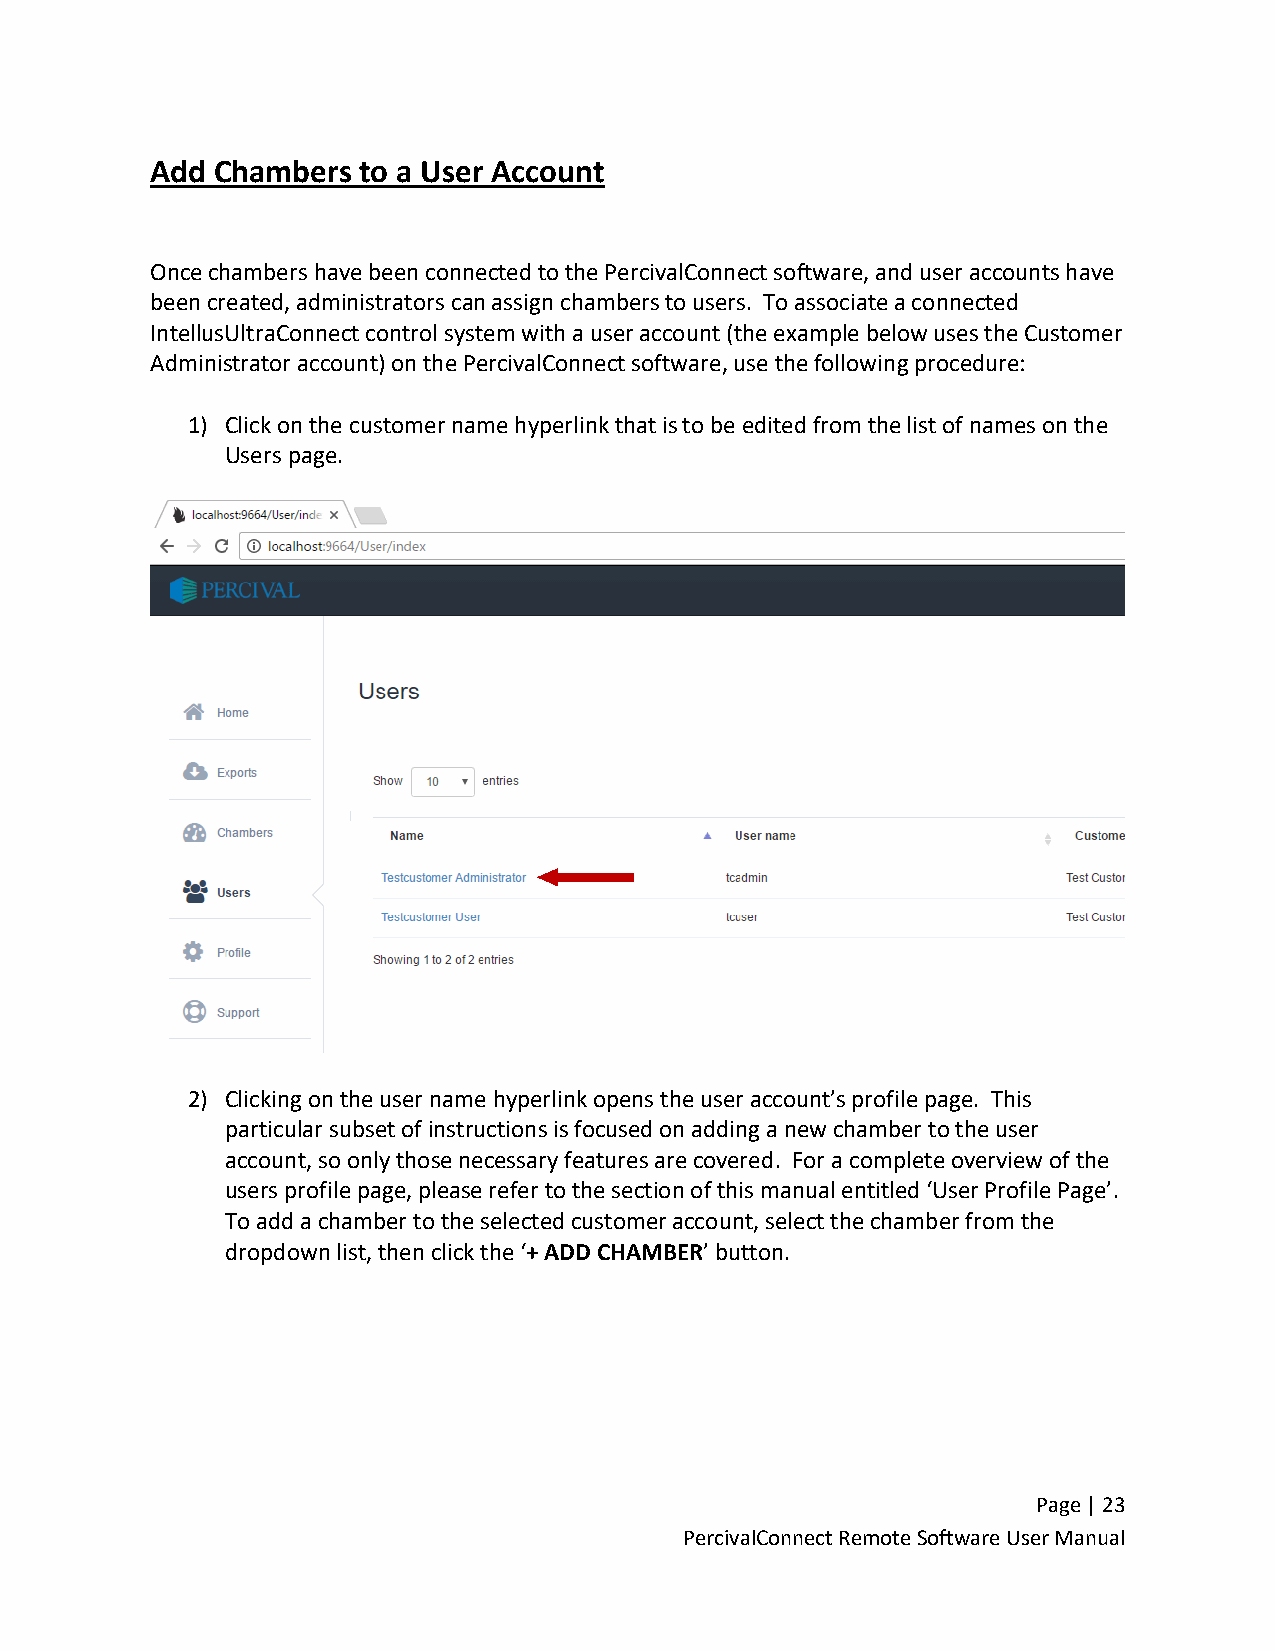
Add Chambers  to a User Account
 Once chambers have been connected to the PercivalConnect software, and user accounts have
 been created, administrators can assign chambers to users. To associate a connected
 IntellusUltraConnect control system with a user account (the example below uses the Customer
 Administrator account) on the PercivalConnect software, use the following procedure:
 1) Click on the customer name hyperlink that is to be edited from the list of names on the
 Users page.
 2) Clicking on the user name hyperlink opens the user account’s profile page. This
 particular subset of instructions is focused on adding a new chamber to the user
 account, so only those necessary features are covered. For a complete overview of the
 users profile page, please refer to the section of this manual entitled ‘User Profile Page’.
 To add a chamber to the selected customer account, select the chamber from the
 dropdown list, then click the ‘+ ADD CHAMBER’ button.
 Page | 23
 PercivalConnect Remote Software User Manual